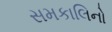
સમકાલિનો